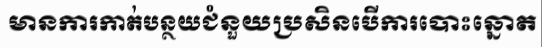
មានការកាត់បន្ថយជំនួយប្រសិនបើការបោះឆ្នោត